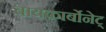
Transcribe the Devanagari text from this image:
बायकार्बोनेट्